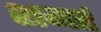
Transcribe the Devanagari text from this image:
शमर्ह